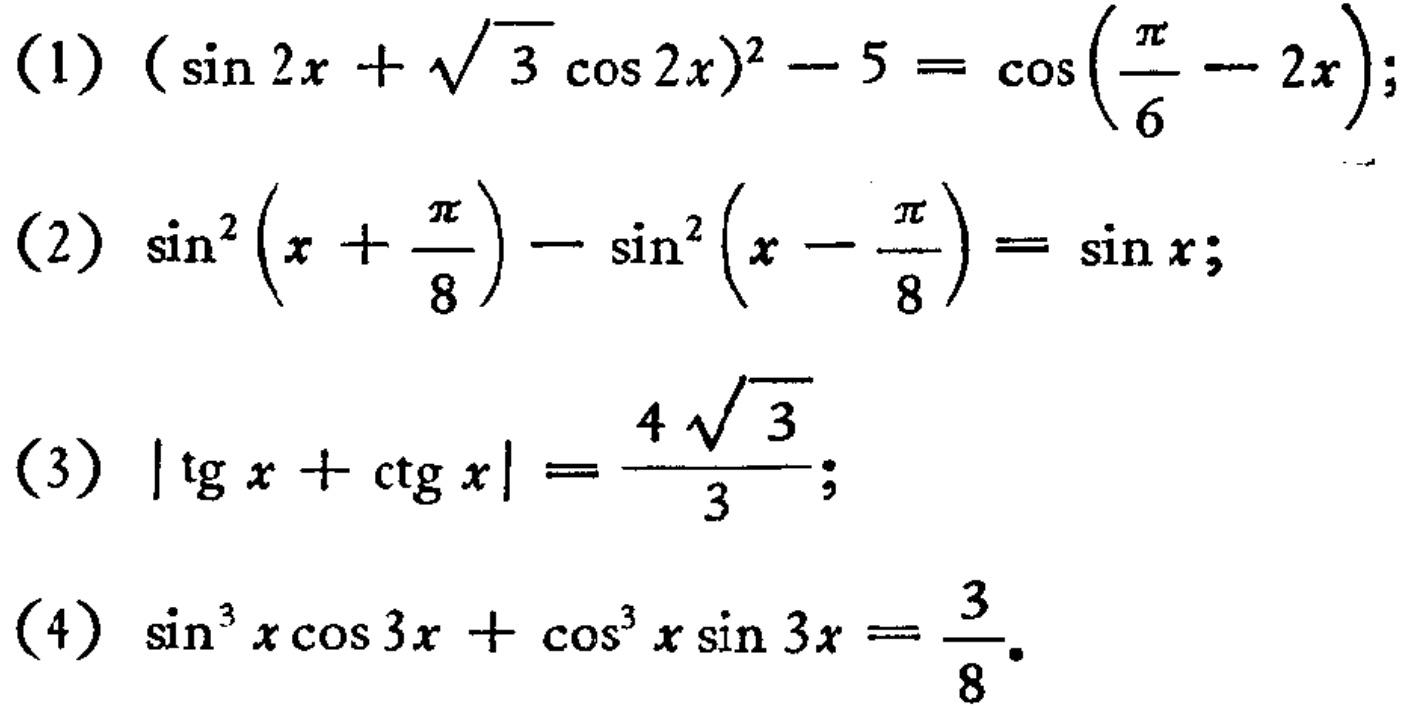
(1) \((\sin 2x+\sqrt{3}\cos 2x)^{2}-5 = \cos\left(\frac{\pi}{6}-2x\right)\);
(2) \(\sin^{2}\left(x + \frac{\pi}{8}\right)-\sin^{2}\left(x-\frac{\pi}{8}\right)=\sin x\);
(3) \(|\tg x+\ctg x|=\frac{4\sqrt{3}}{3}\);
(4) \(\sin^{3}x\cos 3x+\cos^{3}x\sin 3x=\frac{3}{8}\).